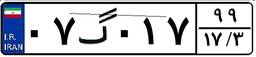
۰۷گ۰۱۷۹۹